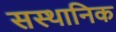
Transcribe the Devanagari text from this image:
सस्थानिक